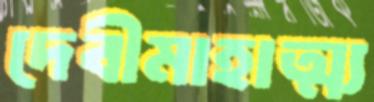
দেবীমাহাত্ম্য